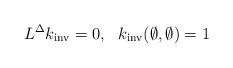
LaTeX: \begin{align*} L^{\Delta}k_{\mathrm{inv}} = 0, \ \ k_{\mathrm{inv}}(\emptyset,\emptyset) = 1 \end{align*}